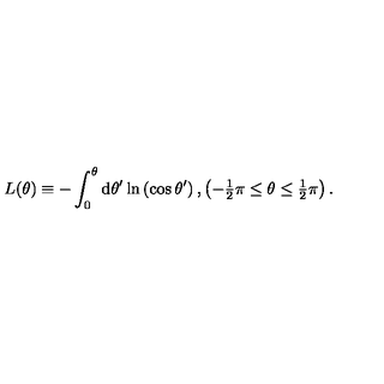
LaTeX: L ( \theta ) \equiv - \int _ { 0 } ^ { \theta } \mathrm { d } \theta ^ { \prime } \ln \left( \cos \theta ^ { \prime } \right) , \left( - { \textstyle { \frac { 1 } { 2 } } } \pi \leq \theta \leq { \textstyle { \frac { 1 } { 2 } } } \pi \right) .